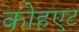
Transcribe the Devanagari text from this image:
कोहएट